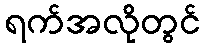
ရက်အလိုတွင်